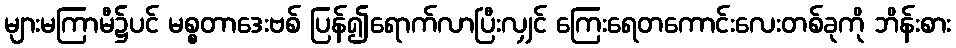
များမကြာမီ၌ပင် မစ္စတာဒေးဗစ် ပြန်၍ရောက်လာပြီးလျှင် ကြေးရေတကောင်းလေးတစ်ခုကို ဘိန်းစား